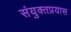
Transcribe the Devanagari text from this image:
संयुक्तप्रयास